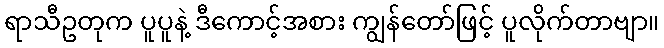
ရာသီဥတုက ပူပူနဲ့ ဒီကောင့်အစား ကျွန်တော်ဖြင့် ပူလိုက်တာဗျာ။